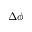
\Delta \phi